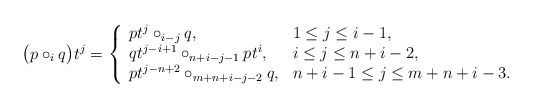
\begin{align*} \big( p \circ_i q \big) t^j = \left\{ \begin{array}{ll} pt^j \circ_{i-j} q, & 1\leq j \leq i-1, \\ qt^{j-i+1} \circ_{n+i-j-1} pt^i, & i\leq j \leq n+i-2, \\ pt^{j-n+2} \circ_{m+n+i-j-2} q, & n+i-1 \leq j \leq m+n+i-3. \end{array} \right.\end{align*}